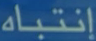
إنتباه